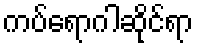
ကပ်ရောဂါဆိုင်ရာ